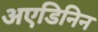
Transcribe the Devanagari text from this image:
अएडिनिन